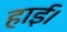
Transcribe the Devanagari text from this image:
हाई।